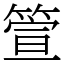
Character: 箮